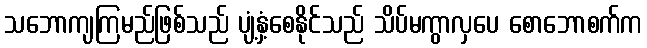
သဘောကျကြမည်ဖြစ်သည် ပျံ့နှံ့စေနိုင်သည် သိပ်မကွာလှပေ စောဘောစက်က